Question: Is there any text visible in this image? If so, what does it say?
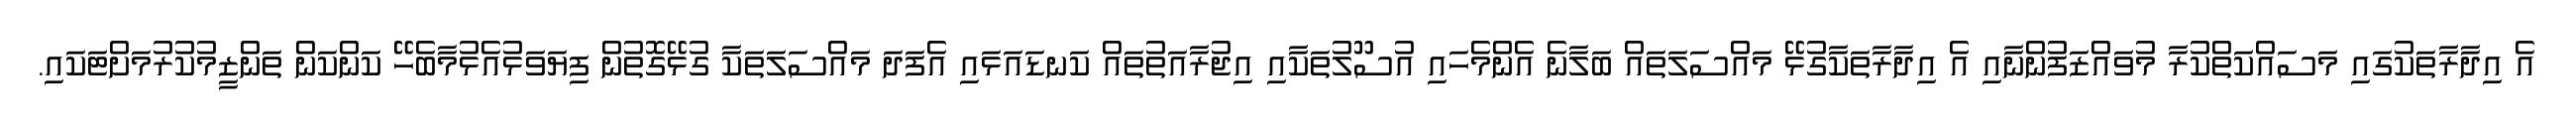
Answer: އެ އިދާރާތަކުގައި މަސައްކަތްކުރާ މުވައްޒަފުންނާއި އެ އިދާރާތަކާގުޅޭ މައްސަލަތައް ބަލާނެ އެންމެހައި އުސޫލުތަކާއި އިޖުރާއަތުތައް ކަނޑައަޅައި އެފަދަ މައްސަލަތަކާ ގުޅޭގޮތުން ފިޔަވަޅުއެޅުމާބެހޭ ކަންކަން ތަންޒީމުކުރުމަށްޓަކައި.